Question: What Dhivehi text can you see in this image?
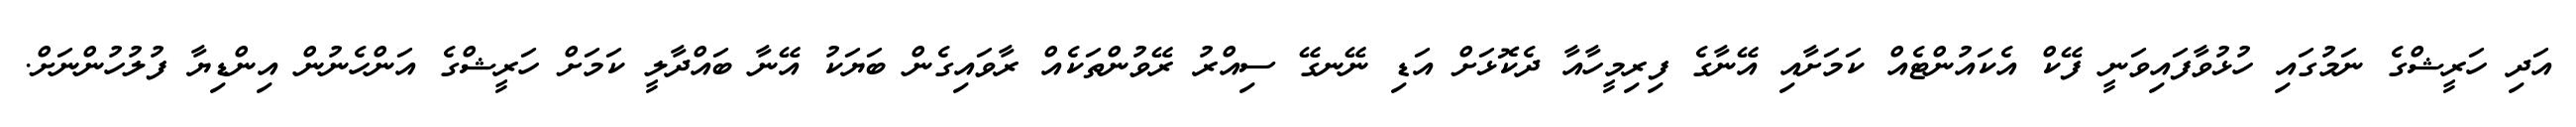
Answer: އަދި ހަރީޝްގެ ނަމުގައި ހުޅުވާފައިވަނީ ފޭކް އެކައުންޓެއް ކަމަށާއި އޭނާގެ ފިރިމީހާއާ ދެކޮޅަށް އަޑި ނޭނގޭ ސިއްރު ރޭވުންތަކެއް ރާވައިގެން ބަޔަކު އޭނާ ބައްދާލީ ކަމަށް ހަރީޝްގެ އަންހެނުން އިންޑިޔާ ފުލުހުންނަށް.